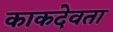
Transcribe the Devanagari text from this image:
काकदेवता